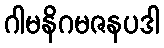
ဂါမနိဂမဇနပဒါ